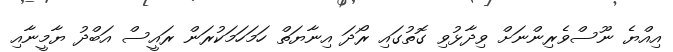
އިއްޔެ ނޫސްވެރިންނަށް ވިދާޅުވި ގޮތުގައި ރޯދަ އިނާޔަތް ހަމަހަމަކުރަން ރައީސް އަބްދު ޔާމީނާއި